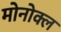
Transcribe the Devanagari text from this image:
मोनोक्ल